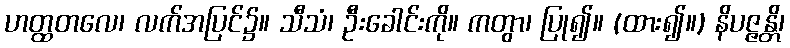
ဟတ္ထတလေ၊ လက်အပြင်၌။ သီသံ၊ ဦးခေါင်းကို။ ကတွာ၊ ပြု၍။ (ထား၍။) နိပဇ္ဇန္တိ၊